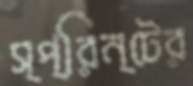
স্প্রিন্টের